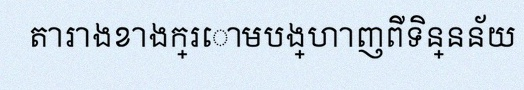
តារាងខាងក្រោមបង្ហាញពីទិន្នន័យ